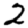
Digit: 2